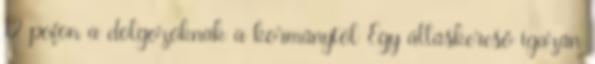
12 pofon a dolgozóknak a kormánytól Egy álláskereső igazán